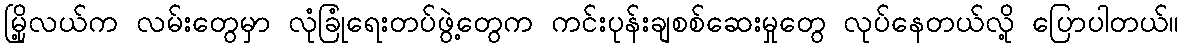
မြို့လယ်က လမ်းတွေမှာ လုံခြုံရေးတပ်ဖွဲ့တွေက ကင်းပုန်းချစစ်ဆေးမှုတွေ လုပ်နေတယ်လို့ ပြောပါတယ်။